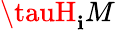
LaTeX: \tauH_{\mathbf{i}}M